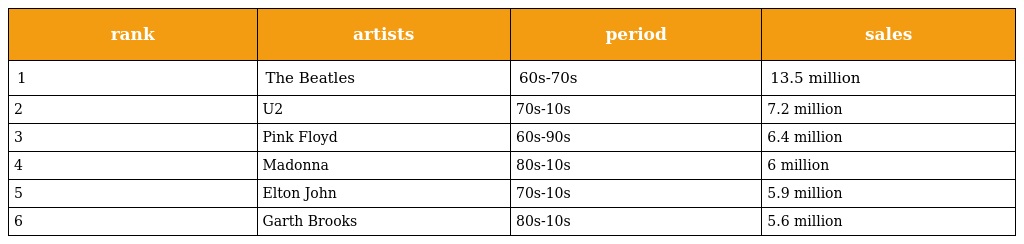
| rank | artists | period | sales |
 | --- | --- | --- | --- |
 | 1 | The Beatles | 60s-70s | 13.5 million |
 | 2 | U2 | 70s-10s | 7.2 million |
 | 3 | Pink Floyd | 60s-90s | 6.4 million |
 | 4 | Madonna | 80s-10s | 6 million |
 | 5 | Elton John | 70s-10s | 5.9 million |
 | 6 | Garth Brooks | 80s-10s | 5.6 million |